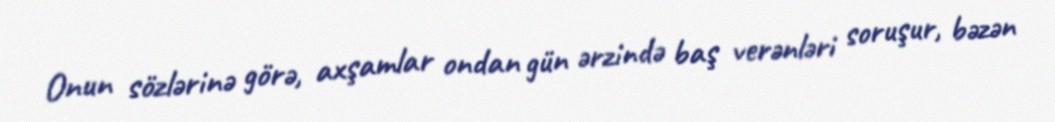
Onun sözlərinə görə, axşamlar ondan gün ərzində baş verənləri soruşur, bəzən